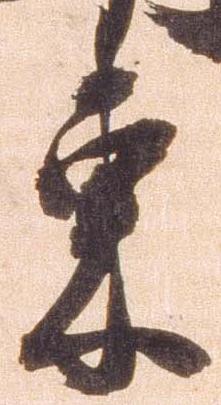
東